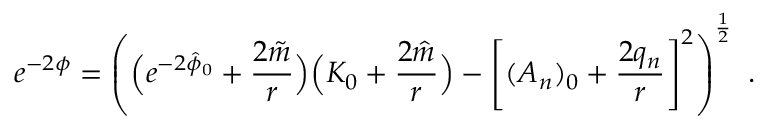
e ^ { - 2 \phi } = \left( \Bigl ( e ^ { - 2 \hat { \phi } _ { 0 } } + { \frac { 2 \tilde { m } } { r } } \Bigr ) \Bigl ( K _ { 0 } + { \frac { 2 \hat { m } } { r } } \Bigr ) - \left[ ( A _ { n } ) _ { 0 } + { \frac { 2 q _ { n } } { r } } \right] ^ { 2 } \right) ^ { \frac { 1 } { 2 } } \ .